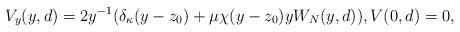
LaTeX: \begin{align*} V_y(y, d)=2y^{-1}(\delta_{\kappa}(y-z_0) + \mu \chi(y-z_0) y W_N(y, d)), V(0, d)=0,\end{align*}